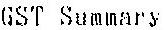
GST SUMMARY